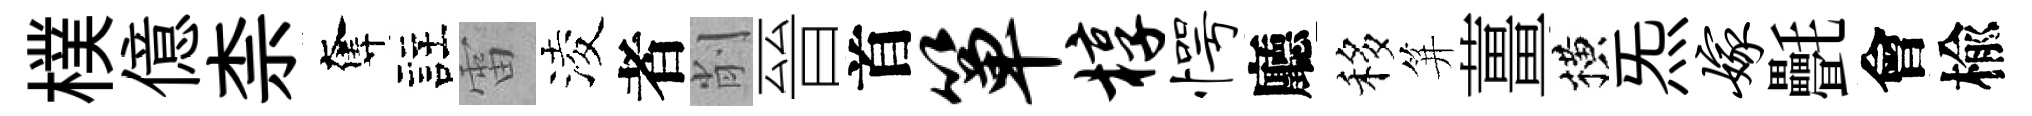
樸億柰奪註雷淩者削晉首箪椁愕廳移笄薑横炁嫁㲲會楡